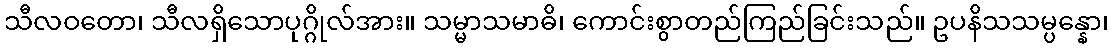
သီလဝတော၊ သီလရှိသောပုဂ္ဂိုလ်အား။ သမ္မာသမာဓိ၊ ကောင်းစွာတည်ကြည်ခြင်းသည်။ ဥပနိသသမ္ပန္နော၊